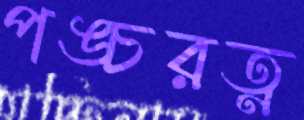
পঙ্চরত্ন